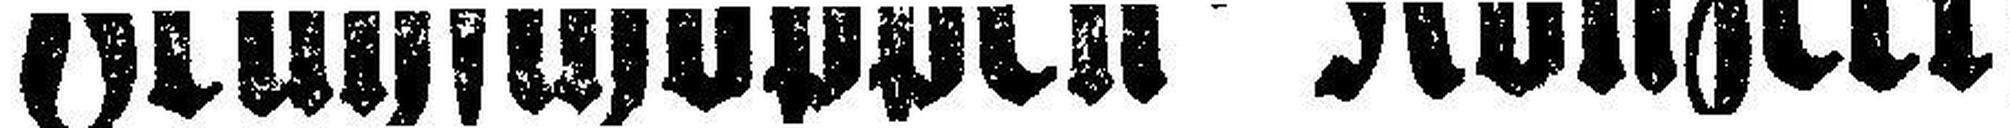
Frühschoppen=Konzert